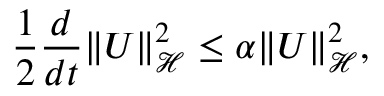
\frac { 1 } { 2 } \frac { d } { d t } \| \boldsymbol { U } \| _ { \mathcal { H } } ^ { 2 } \leq \alpha \| \boldsymbol { U } \| _ { \mathcal { H } } ^ { 2 } ,